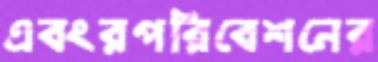
এবংরপরিবেশনের